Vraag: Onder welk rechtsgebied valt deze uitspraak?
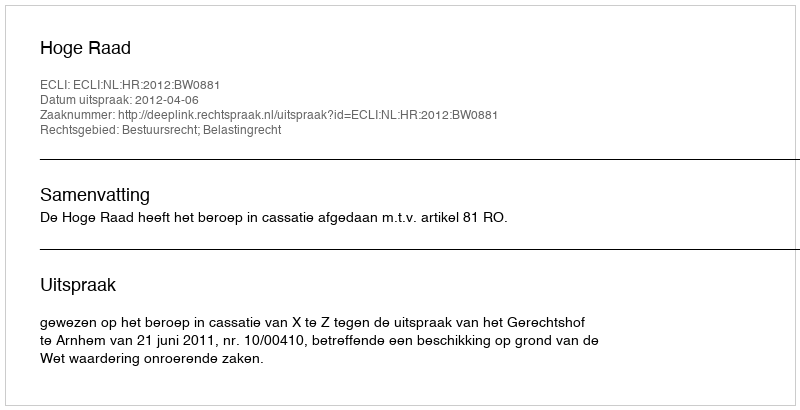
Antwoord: Bestuursrecht; Belastingrecht